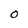
Character: O